Rapla_vallavalitsus, lk 6
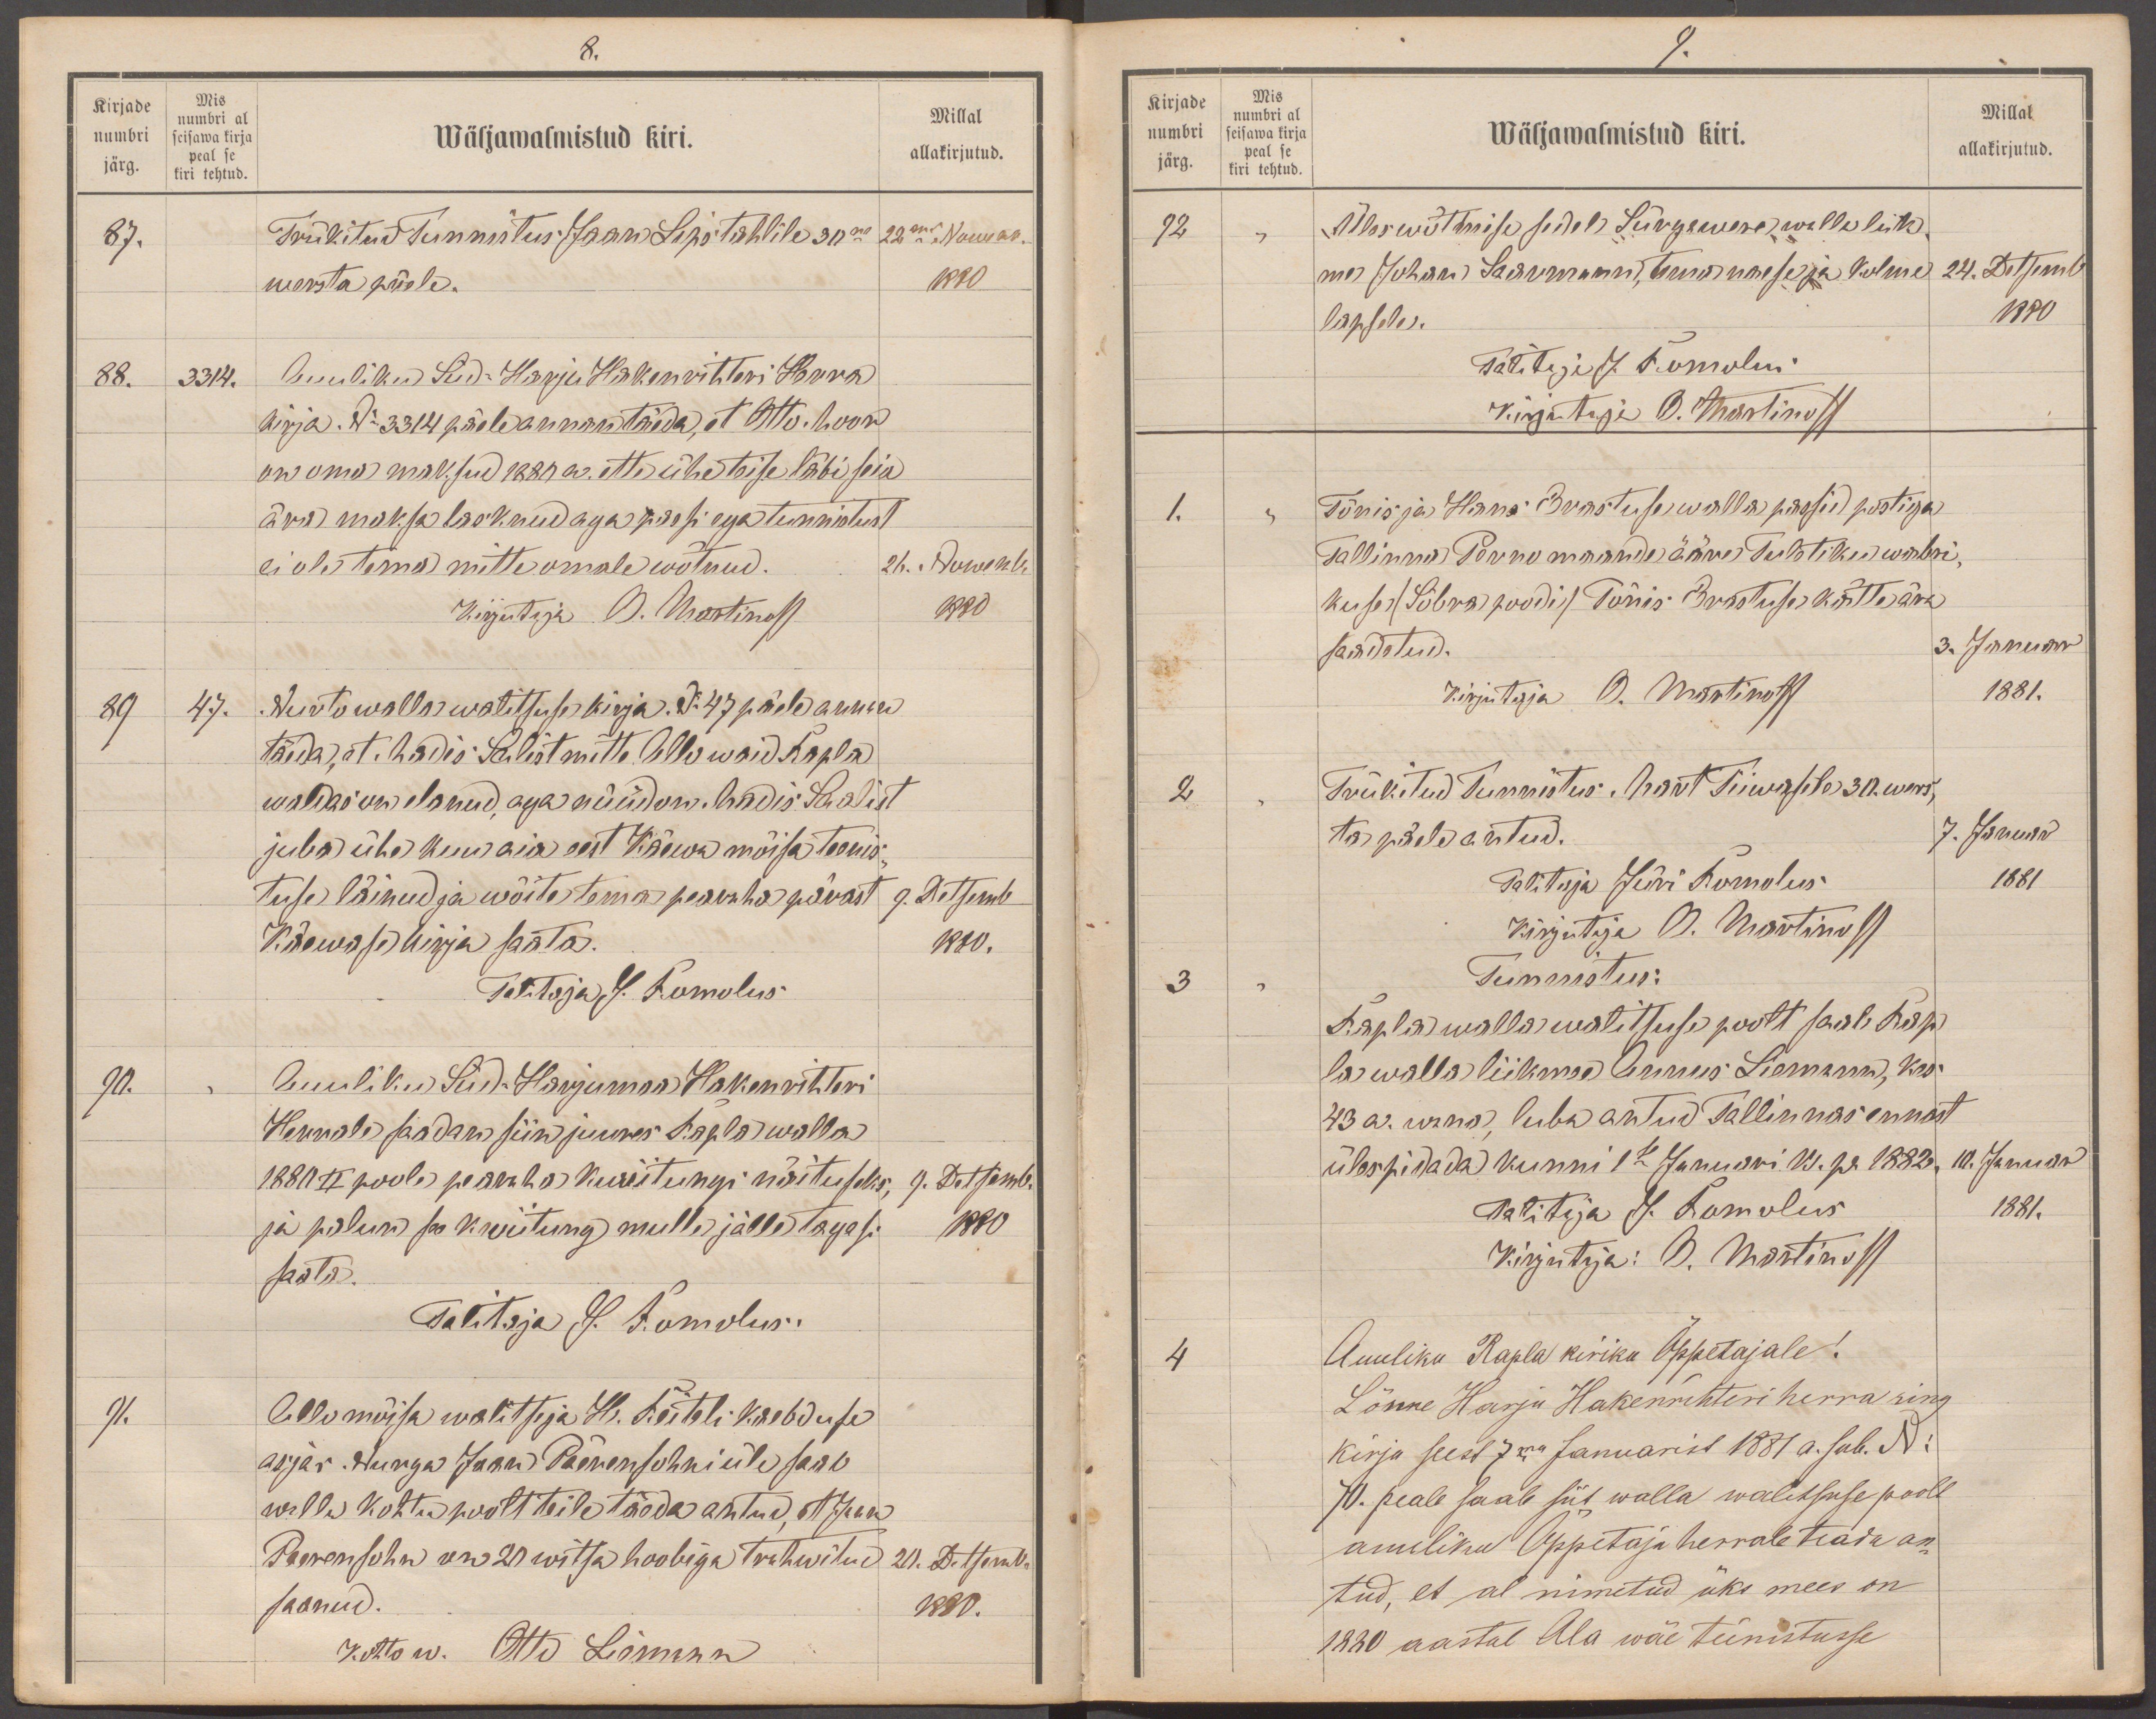
Kirjade
Mis
numbri
numbri al
Millal
Wäljawalmistud kiri.
seisawa kirja
allakirjutud.
peal se
järg.
kiri tehtud.
87.
Trükitud tunnistus: Jaan Lipstahlile 30ne 22nend Nowembr.
wersta pääle.
1880
88.
3314.
Auulikud Süd-Harju Hakenrihteri Herra
kirja. No 3314 päele annan täeda, et Otto Moor
on oma maksud 1880 a. ette ühe teise läbi seia
ära maksa lasknud aga passi ega tunnistust
ei ole tema mitte omale wõtnud.
26. Nowembr.
Kirjutaja B. Martinoff
1880
89
47.
Nurto walla walitsuse kirja. No 47 päele annan
täeda, et Madis Salist mitte selle waid Rapla
waldas on elanud, aga nüüd on Madis Saalist
juba ühe kuu aia eest Käewa mõisa teenis-
tuse läinud ja wõite tema pearaha pärast
9. Detsemb
Käewase kirja saata.
1880.
Talitaja J. Romolus
90.
Auuliku Süd-Harjumaa Hakenrihteri
Herrale saadan siin juures Rapla walla
1880 II poole pearaha kwiitungi näituseks
9. Detsemb.
ja palun see kwiitung mulle jälle tagasi
1880
saata.
Talitaja J. Romolus.
91.
Allo mõisa walitseja H. Reiteli kaebduse
asjas. Nurga Jaan Päerensohni üle saab
walla kohtu poolt teile täede antud, et Jaan
Päerensohn on 20 witsa hoobiga trahwitud
20. Detsemb.
saanud.
1880.
Kohto w. Otto Liemann

9.
Kirjade
Mis
numbri al
numbri
Millal
Wäljawalmistud kiri.
seisawa kirja
peal se
järg.
kiri tehtud
allakirjutud.
92
Üles wõtmise sedel Sürgawere walla liik-
me Johan Saarmanni, tema naese ja kolme
24. Detsemb.
lapsele.
1880
Talitaja J. Romolus
Kirjutaja A. Martinoff
1.
Tõnis ja Hans Erastuse walla passid postiga
Tallinna Pärno maande ääre Tuletiku wabri-
kuse (Sõbra poodi) Tõnis Erastuse kätte ära
saadetud.
3. Januar
Kirjutaja O. Martinoff
1881.
2
Trükitud tunnistus: Mart Tiiwasele 30. wers,
ta päele antud.
7. Januar
Talitaja Jüri Romolus
1881
Kirjutaja O. Martinoff
3
Tunnistus:
Rapla walla walitsuse poolt saab Rap
la walla liikme Annus Liemann, kes
43 a. wana luba antud Tallinnas ennast
üles pidada kunni 1se Januari k. p 1882.
10. Januar
Talitaja J. Romolus
1881.
Kirjutaja: O. Martinoff
4
Auuliku Rapla kiriku Õppetajale!
Lönne Harju Hakenrihteri herra ring
kirja seest 7ma Januarist 1881 a. sub. N
70. peale saab siit walla walitsuse poolt
amuliku Õppetaja herrale teada an-
tud, et al nimetud üks mees on
1880 aastal Ala wäe teenistusse